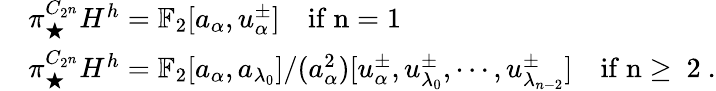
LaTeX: \begin{array}{rl}&{\pi_{\bigstar}^{C_{2^{n}}}H^{h}=\mathbb{F}_{2}[a_{\alpha},u_{\alpha}^{\pm}]\quad\mathrm{if~n=1~}}\\ &{\pi_{\bigstar}^{C_{2^{n}}}H^{h}=\mathbb{F}_{2}[a_{\alpha},a_{\lambda_{0}}]/(a_{\alpha}^{2})[u_{\alpha}^{\pm},u_{\lambda_{0}}^{\pm},\cdots,u_{\lambda_{n-2}}^{\pm}]\quad\mathrm{if~n\geq~2~}.}\end{array}